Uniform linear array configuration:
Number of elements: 24
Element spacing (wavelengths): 1
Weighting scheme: kaiser
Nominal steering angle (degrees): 60
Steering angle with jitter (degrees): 58.594
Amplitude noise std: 0.05
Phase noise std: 0.05

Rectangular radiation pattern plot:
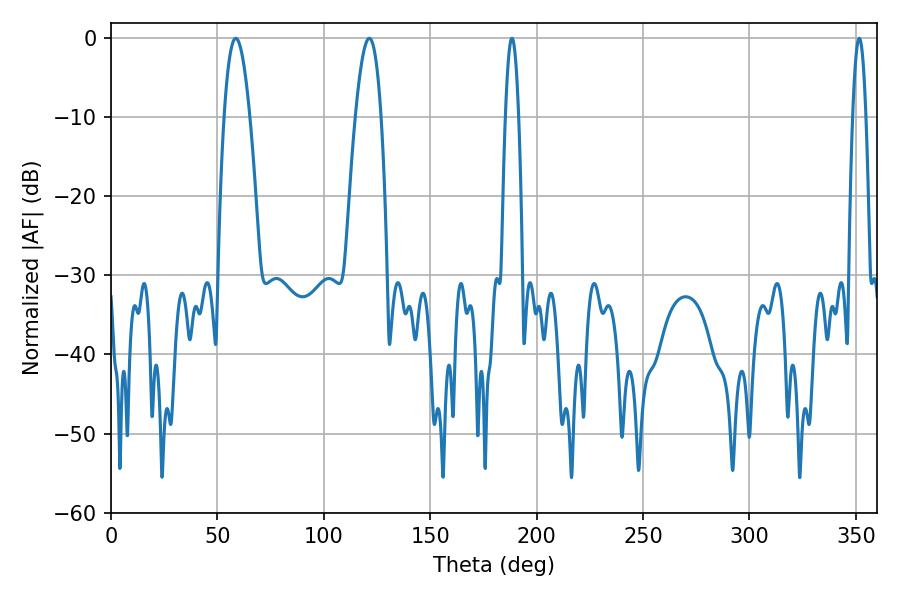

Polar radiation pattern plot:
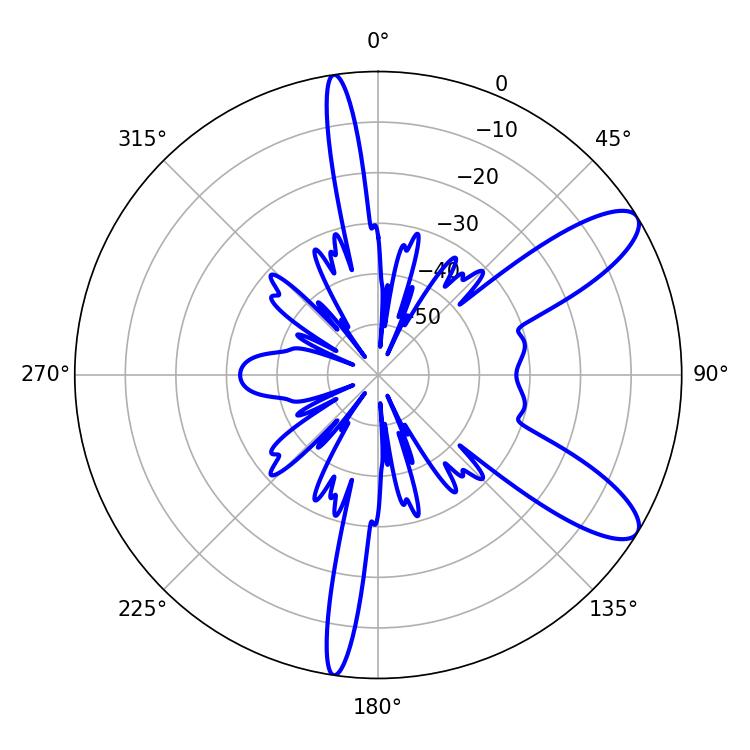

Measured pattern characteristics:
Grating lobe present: TRUE
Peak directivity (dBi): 10.102
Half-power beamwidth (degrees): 6.66
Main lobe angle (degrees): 58.68